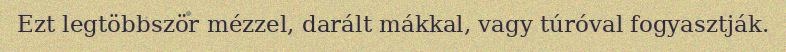
Ezt legtöbbször mézzel, darált mákkal, vagy túróval fogyasztják.